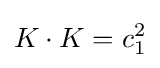
K\cdot K=c_{1}^{2}